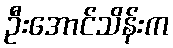
ဦးအောင်သိန်းက